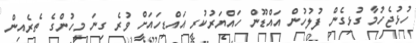
ހުޅުޖެހުމާ ގުޅިގެން ފުލުހުން އައްޑޫން ހައްޔަރުކުރި އައްޑިހައަށް ވުރެ ގިނަ މީހުންގެ ތެރެއިން